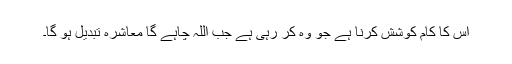
اس کا کام کوشش کرنا ہے جو وہ کر رہی ہے جب اللہ چاہے گا معاشرہ تبدیل ہو گا۔